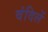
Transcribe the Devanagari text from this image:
वंदिलें